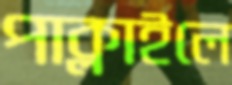
পাক্‌লাইলে